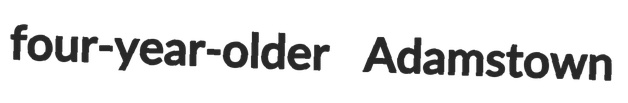
four-year-older Adamstown